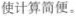
使计算简便。